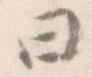
日